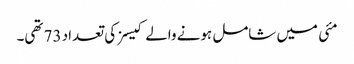
مئی میں شامل ہونے والے کیسز کی تعداد 73 تھی۔